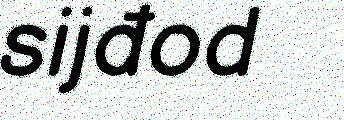
sijđod